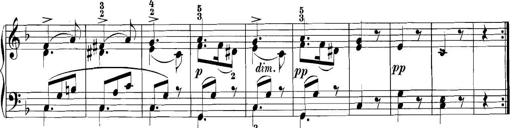
Title: 3 Sonatinas
Composer: Carl Reinecke